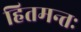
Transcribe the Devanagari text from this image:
हितमन्तः